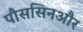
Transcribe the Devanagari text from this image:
पौससिनऔर